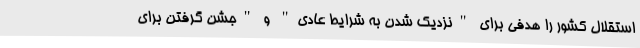
استقلال کشور را هدفی برای "نزدیک شدن به شرایط عادی" و "جشن گرفتن برای